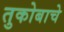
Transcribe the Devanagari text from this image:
तुकोबाचे